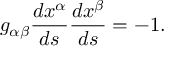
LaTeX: { g _ { \alpha \beta } } { \frac { d x ^ { \alpha } } { d s } } { \frac { d x ^ { \beta } } { d s } } = - 1 .